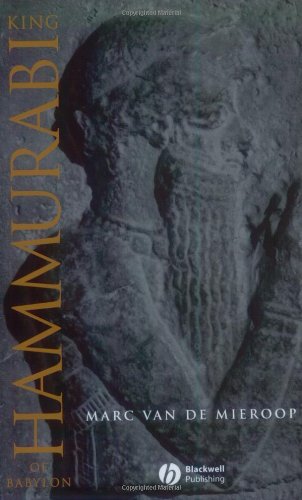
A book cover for King Hammurabi of Babylon: A Biography; Marc Van De Mieroop; History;